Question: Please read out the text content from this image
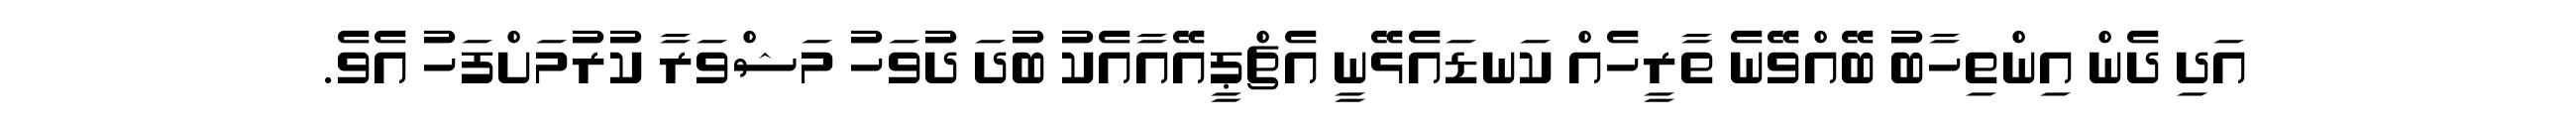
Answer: އަދި ދެން އިންތިހާބު ބޭއްވޭނެ ތާރީހެއް ކަނޑައެޅޭނީ އެޗްޕީއޭއާއެކު ބުދަ ދުވަހު މަޝްވަރާ ކުރުމަށްފަހު އެވެ.